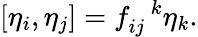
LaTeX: [\eta_{i},\eta_{j}]=f_{ij}^{\, \, \, \, k}\eta_{k}.